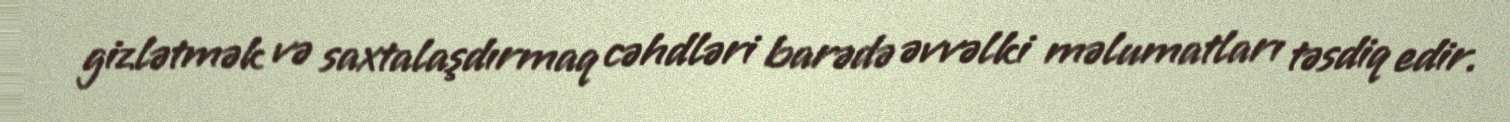
gizlətmək və saxtalaşdırmaq cəhdləri barədə əvvəlki məlumatları təsdiq edir.